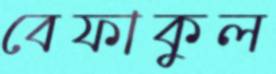
বেফাকুল